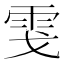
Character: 𩂅